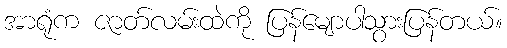
အာရုံက ဇာတ်လမ်းထဲကို ပြန်မျောပါသွားပြန်တယ်။